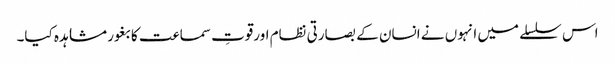
اس سلسلے میں انہوں نے انسان کے بصارتی نظام اورقوتِ سماعت کا بغور مشاہدہ کیا۔